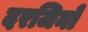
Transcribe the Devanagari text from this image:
दरजिनों